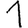
Digit: 1